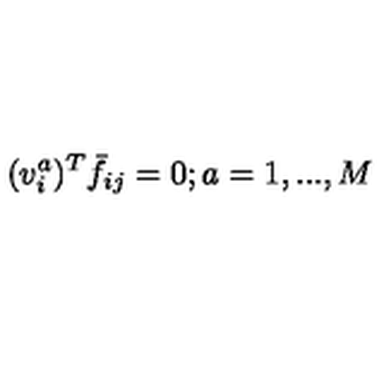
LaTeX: ( v _ { i } ^ { a } ) ^ { T } \bar { f } _ { i j } = 0 ; a = 1 , . . . , M